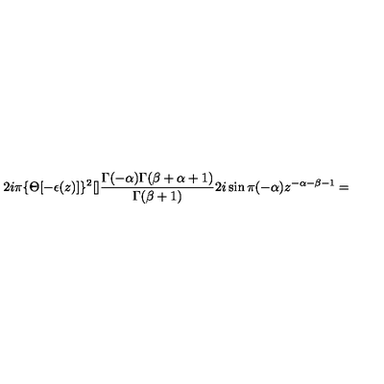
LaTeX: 2 i \pi \{ \Theta [ - \epsilon ( z ) ] \} ^ { 2 } [ ] \frac { \Gamma ( - \alpha ) \Gamma ( \beta + \alpha + 1 ) } { \Gamma ( \beta + 1 ) } 2 i \sin \pi ( - \alpha ) z ^ { - \alpha - \beta - 1 } =